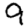
Digit: 9